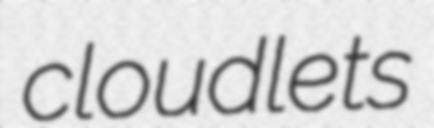
cloudlets